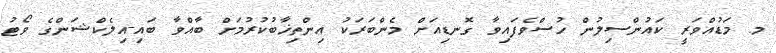
މ. މަޑުއްވަރީ ކައުންސިލުން ހުސްވެފައިވާ ގޮނޑިއަށް މެންބަރަކު އިންތިޚާބުކުރުމަށް ބާއްވާ ބައި-އިލެކްޝަންގެ ވޯޓު